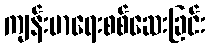
ကျန်းမာရေးစစ်ဆေးခြင်း